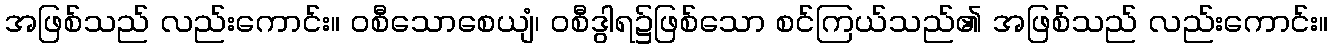
အဖြစ်သည် လည်းကောင်း။ ဝစီသောစေယျံ၊ ဝစီဒွါရ၌ဖြစ်သော စင်ကြယ်သည်၏ အဖြစ်သည် လည်းကောင်း။